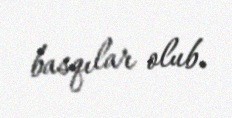
basqılar olub.